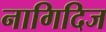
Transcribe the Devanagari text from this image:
नागिदिज